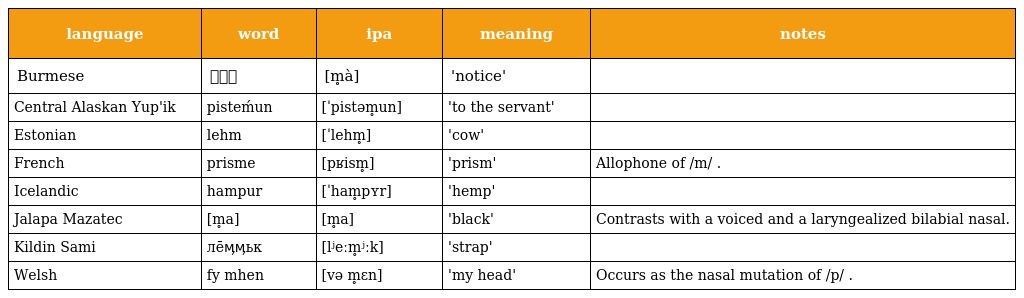
| language | word | ipa | meaning | notes |
 | --- | --- | --- | --- | --- |
 | Burmese | မှာ | [m̥à] | 'notice' |  |
 | Central Alaskan Yup'ik | pisteḿun | [ˈpistəm̥un] | 'to the servant' |  |
 | Estonian | lehm | [ˈlehm̥] | 'cow' |  |
 | French | prisme | [pʁism̥] | 'prism' | Allophone of /m/ . |
 | Icelandic | hampur | [ˈham̥pʏr] | 'hemp' |  |
 | Jalapa Mazatec | [m̥a] | [m̥a] | 'black' | Contrasts with a voiced and a laryngealized bilabial nasal. |
 | Kildin Sami | лēӎӎьк | [lʲeːm̥ʲːk] | 'strap' |  |
 | Welsh | fy mhen | [və m̥ɛn] | 'my head' | Occurs as the nasal mutation of /p/ . |